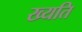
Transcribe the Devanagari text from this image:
ख्यति